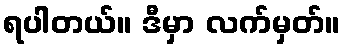
ရပါတယ်။ ဒီမှာ လက်မှတ်။